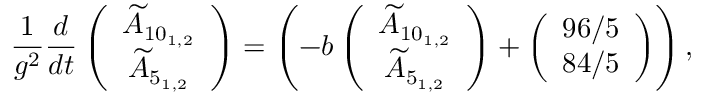
\frac { 1 } { g ^ { 2 } } \frac { d } { d t } \left( \begin{array} { c } { { \widetilde { A } _ { 1 0 _ { 1 , 2 } } } } \\ { { \widetilde { A } _ { 5 _ { 1 , 2 } } } } \end{array} \right) = \left( - b \left( \begin{array} { c } { { \widetilde { A } _ { 1 0 _ { 1 , 2 } } } } \\ { { \widetilde { A } _ { 5 _ { 1 , 2 } } } } \end{array} \right) + \left( \begin{array} { c } { { 9 6 / 5 } } \\ { { 8 4 / 5 } } \end{array} \right) \right) ,